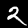
Digit: 2